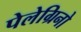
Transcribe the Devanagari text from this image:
पेलेग्रिनो